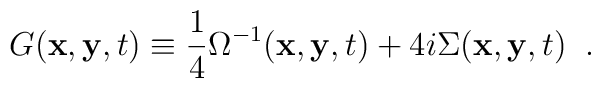
G({\bf x},{\bf y},t)\equiv\frac{1}{4}\Omega^{-1}({\bf x},{\bf y},t)+4i\Sigma({\bf x},{\bf y},t) \;\;.